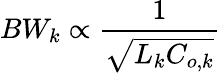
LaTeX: BW_{k}\propto\frac{1}{\sqrt{L_{k}C_{o,k}}}